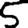
Digit: 5